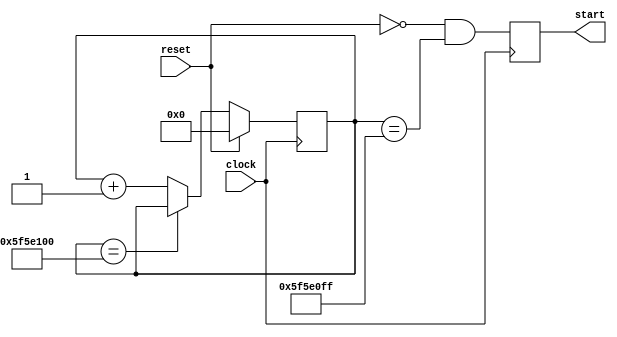
`default_nettype none

module i2c_start_counter(
	clock,
	reset,
	start
);

	input wire clock;
	input wire reset;
	output reg start = 1'b0;

	parameter CYCLES=28'd100000000;
	//parameter CYCLES = 28'd1000;
	reg [27:0] cycle_count = 28'd0;

	always @(posedge clock) begin
		if(reset) begin
			cycle_count <= 28'd0;
		end
		else if(cycle_count == CYCLES) begin
			cycle_count <= cycle_count;
		end
		else begin
			cycle_count <= cycle_count + 28'd1;
		end

		start <= (~reset) & (cycle_count == (CYCLES-28'd1));
	end
endmodule